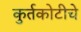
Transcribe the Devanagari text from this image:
कुर्तकोटीचे